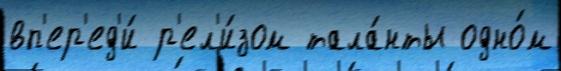
вп'ер'ед'и́ р'ел'и́зом тала́нты одно́м